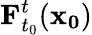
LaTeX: \mathbf{F}_{t_{0}}^{t}(\mathbf{x_{0}})